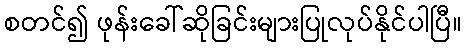
စတင်၍ ဖုန်းခေါ်ဆိုခြင်းများပြုလုပ်နိုင်ပါပြီ။